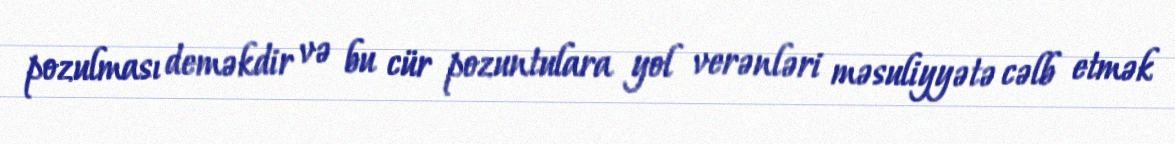
pozulması deməkdir və bu cür pozuntulara yol verənləri məsuliyyətə cəlb etmək